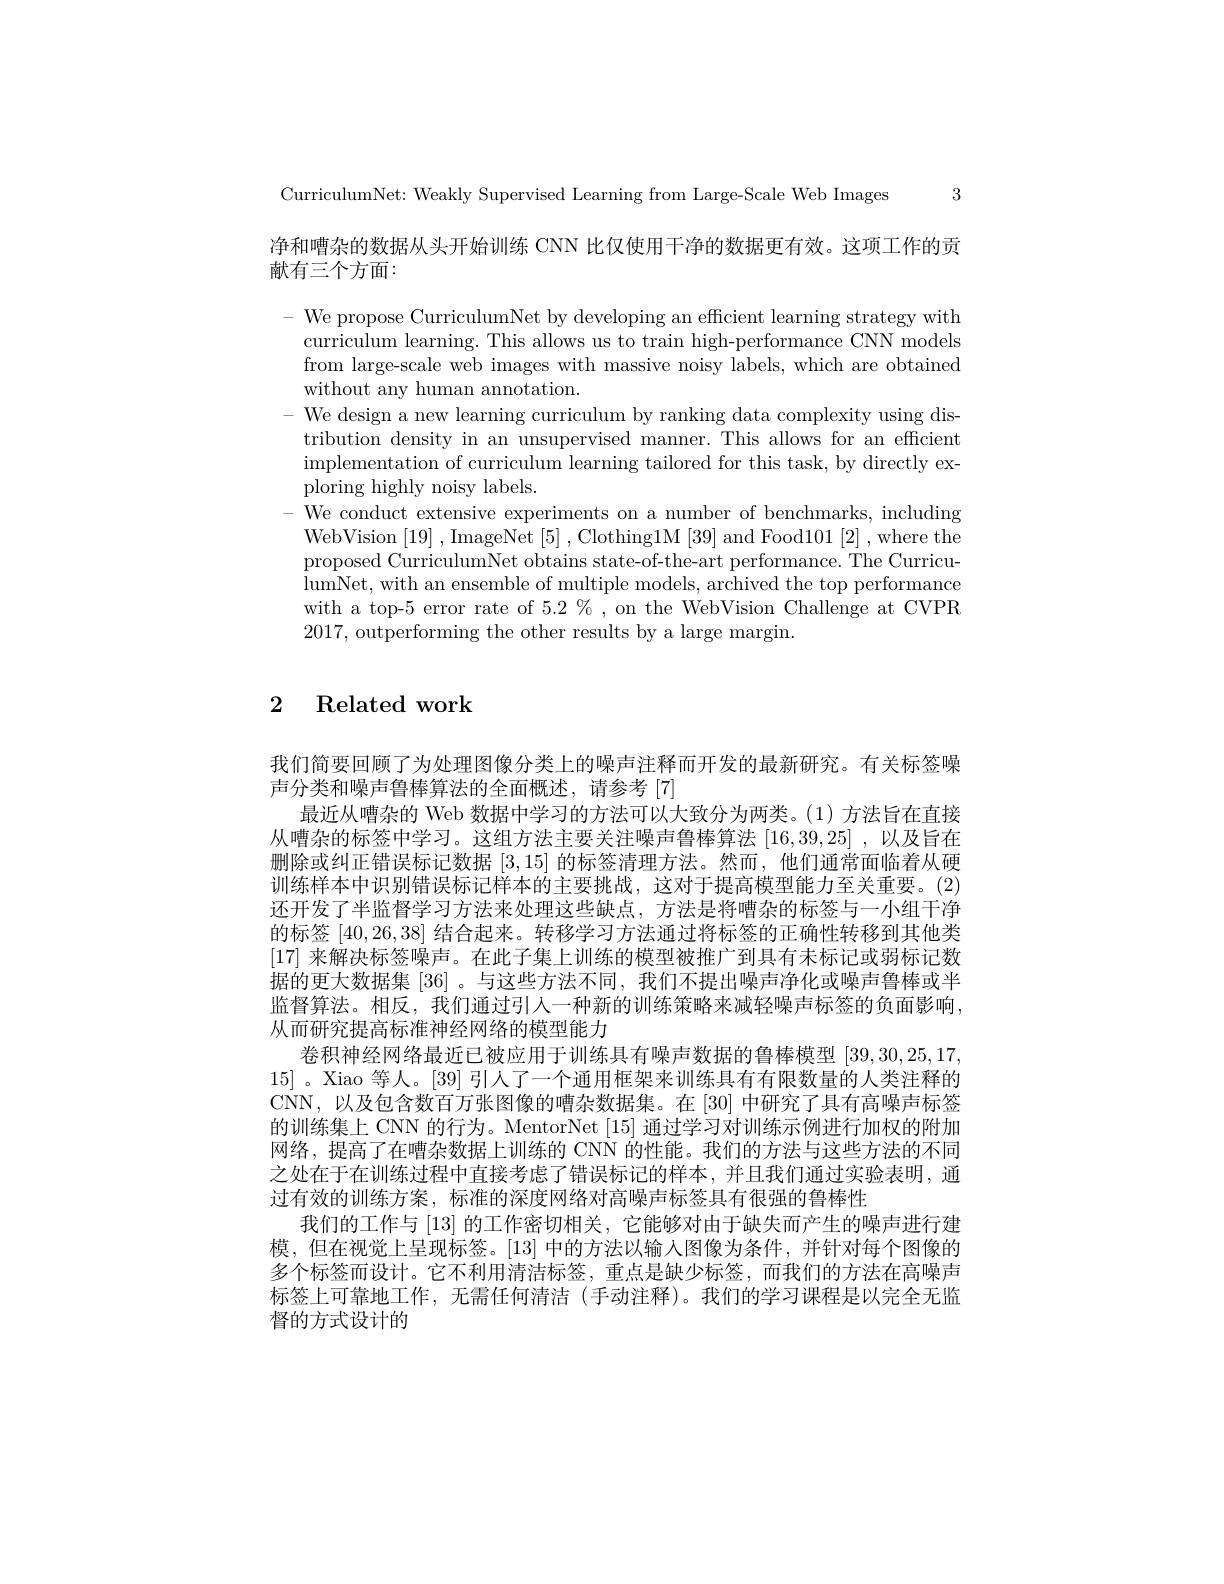
CurriculumNet: Weakly Supervised Learning from Large-Scale Web Images 3

净和嘈杂的数据从头开始训练 CNN 比仅使用干净的数据更有效。这项工作的贡

献有三个方面：

- We pronose Curriculum Net by develoning an efficient learning strategv with curriculum learning. This allows us to train high-performance CNN models from large-scale web images with massive noisy labels, which are obtained without any human annotation.
We design a new learning curriculum by ranking data complexity using distribution density in an unsupervised manner. This allows for an efficient implementation of curriculum learning tailored for this task, by directly exploring highly noisy labels.
We conduct extensive experiments on a number of benchmarks, including WebVision~[19]~,~ImageNet~[5]~,~Clothing1M~[39]~and~Food101~[2]~,~where~the proposed CurriculumNet obtains state-of-the-art performance. The CurriculumNet, with an ensemble of multiple models, archived the top performance with a top-5 error rate of $5.2\%$, on the WebVision Challenge at CVPR 2017, outperforming the other results by a large margin.

2 Related work

我们简要回顾了为处理图像分类上的噪声注释而开发的最新研究。有关标签噪
声分类和噪声鲁棒算法的全面概述，请参考[7]
最近从嘈杂的 Web 数据中学习的方法可以大致分为两类。(1) 方法旨在直接从嘈杂的标签中学习。这组方法主要关注噪声鲁棒算法 [16,39,25] ,以及旨在删除或纠正错误标记数据[3,15]的标签清理方法。然而，他们通常面临着从硬训练样本中识别错误标记样本的主要挑战，这对于提高模型能力至关重要。(2) 还开发了半监督学习方法来处理这些缺点，方法是将嘈杂的标签与一小组干净的标签[40,26,38]结合起来。转移学习方法通过将标签的正确性转移到其他类[17]来解决标签噪声。在此子集上训练的模型被推广到具有未标记或弱标记数据的更大数据集[36] 。与这些方法不同，我们不提出噪声净化或噪声鲁棒或半监督算法。相反，我们通过引人一种新的训练策略来减轻噪声标签的负面影响， 从而研究提高标准神经网络的模型能力
卷积神经网络最近已被应用于训练具有噪声数据的鲁棒模型[39,30,25,17, 15] 。Xiao 等人。[39] 引人了一个通用框架来训练具有有限数量的人类注释的CNN,以及包含数百万张图像的嘈杂数据集。在 [30] 中研究了具有高噪声标签的训练集上 CNN 的行为。MentorNet [15]通过学习对训练示例进行加权的附加网络，提高了在嘈杂数据上训练的 CNN 的性能。我们的方法与这些方法的不同之处在于在训练过程中直接考虑了错误标记的样本，并且我们通过实验表明，通过有效的训练方案，标准的深度网络对高噪声标签具有很强的鲁棒性
我们的工作与 [13] 的工作密切相关，它能够对由于缺失而产生的噪声进行建模，但在视觉上呈现标签。[13] 中的方法以输入图像为条件，并针对每个图像的多个标签而设计。它不利用清洁标签，重点是缺少标签，而我们的方法在高噪声标签上可靠地工作，无需任何清洁(手动注释)。我们的学习课程是以完全无监督的方式设计的